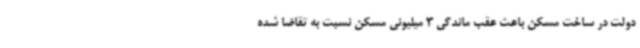
دولت در ساخت مسکن باعث عقب ماندگی 3 میلیونی مسکن نسبت به تقاضا شده